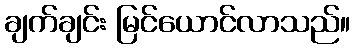
ချက်ချင်း မြင်ယောင်လာသည်။